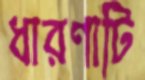
ধারণাটি